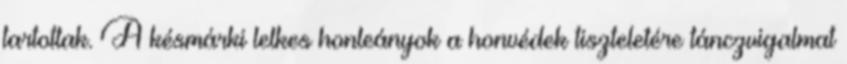
tartottak. A késmárki lelkes honleányok a honvédek tiszteletére tánczvigalmat